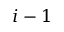
i - 1